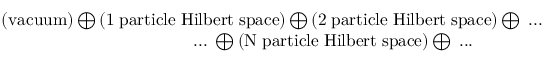
\begin{array} { r } { \left( \mathrm { v a c u u m } \right) \bigoplus \left( \mathrm { 1 \; p a r t i c l e \; H i l b e r t \; s p a c e } \right) \bigoplus \left( \mathrm { 2 \; p a r t i c l e \; H i l b e r t \; s p a c e } \right) \bigoplus \; . . . } \\ { . . . \; \bigoplus \left( \mathrm { N \; p a r t i c l e \; H i l b e r t \; s p a c e } \right) \bigoplus \; . . . \qquad \qquad } \end{array}